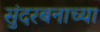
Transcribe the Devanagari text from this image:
सुंदरबनाच्या